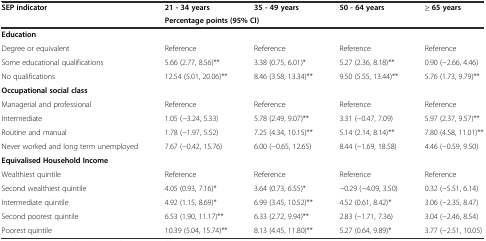
<table><thead><tr><td rowspan="2"><b>SEP indicator</b></td><td><b>21 - 34 years</b></td><td><b>35 - 49 years</b></td><td><b>50 - 64 years</b></td><td><b>≥ 65 years</b></td></tr><tr><td colspan="4"><b>Percentage points (95% CI)</b></td></tr></thead><tbody><tr><td><b>Education</b></td><td></td><td></td><td></td><td></td></tr><tr><td>Degree or equivalent</td><td>Reference</td><td>Reference</td><td>Reference</td><td>Reference</td></tr><tr><td>Some educational qualifications</td><td>5.66 (2.77, 8.56)**</td><td>3.38 (0.75, 6.01)*</td><td>5.27 (2.36, 8.18)**</td><td>0.90 (−2.66, 4.46)</td></tr><tr><td>No qualifications</td><td>12.54 (5.01, 20.06)**</td><td>8.46 (3.58, 13.34)**</td><td>9.50 (5.55, 13.44)**</td><td>5.76 (1.73, 9.79)**</td></tr><tr><td><b>Occupational social class</b></td><td></td><td></td><td></td><td></td></tr><tr><td>Managerial and professional</td><td>Reference</td><td>Reference</td><td>Reference</td><td>Reference</td></tr><tr><td>Intermediate</td><td>1.05 (−3.24, 5.33)</td><td>5.78 (2.49, 9.07)**</td><td>3.31 (−0.47, 7.09)</td><td>5.97 (2.37, 9.57)**</td></tr><tr><td>Routine and manual</td><td>1.78 (−1.97, 5.52)</td><td>7.25 (4.34, 10.15)**</td><td>5.14 (2.14, 8.14)**</td><td>7.80 (4.58, 11.01)**</td></tr><tr><td>Never worked and long term unemployed</td><td>7.67 (−0.42, 15.76)</td><td>6.00 (−0.65, 12.65)</td><td>8.44 (−1.69, 18.58)</td><td>4.46 (−0.59, 9.50)</td></tr><tr><td><b>Equivalised Household Income</b></td><td></td><td></td><td></td><td></td></tr><tr><td>Wealthiest quintile</td><td>Reference</td><td>Reference</td><td>Reference</td><td>Reference</td></tr><tr><td>Second wealthiest quintile</td><td>4.05 (0.93, 7.16)*</td><td>3.64 (0.73, 6.55)*</td><td>−0.29 (−4.09, 3.50)</td><td>0.32 (−5.51, 6.14)</td></tr><tr><td>Intermediate quintile</td><td>4.92 (1.15, 8.69)*</td><td>6.99 (3.45, 10.52)**</td><td>4.52 (0.61, 8.42)*</td><td>3.06 (−2.35, 8.47)</td></tr><tr><td>Second poorest quintile</td><td>6.53 (1.90, 11.17)**</td><td>6.33 (2.72, 9.94)**</td><td>2.83 (−1.71, 7.36)</td><td>3.04 (−2.46, 8.54)</td></tr><tr><td>Poorest quintile</td><td>10.39 (5.04, 15.74)**</td><td>8.13 (4.45, 11.80)**</td><td>5.27 (0.64, 9.89)*</td><td>3.77 (−2.51, 10.05)</td></tr></tbody></table>